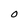
Character: O